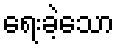
ရေးခဲ့သော